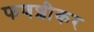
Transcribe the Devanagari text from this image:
फणशीकर